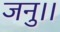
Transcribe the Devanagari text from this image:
जनु।।